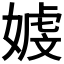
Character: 𪦒